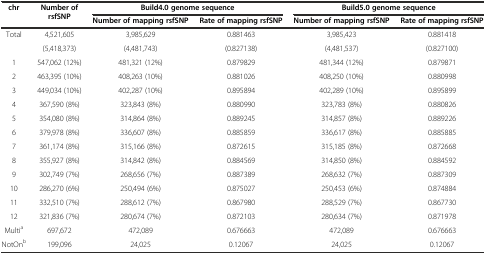
<table><thead><tr><td rowspan="2"><b>chr</b></td><td rowspan="2"><b>Number of rsfSNP</b></td><td colspan="2"><b>Build4.0 genome sequence</b></td><td colspan="2"><b>Build5.0 genome sequence</b></td></tr><tr><td><b>Number of mapping rsfSNP</b></td><td><b>Rate of mapping rsfSNP</b></td><td><b>Number of mapping rsfSNP</b></td><td><b>Rate of mapping rsfSNP</b></td></tr></thead><tbody><tr><td rowspan="2">Total</td><td>4,521,605</td><td>3,985,629</td><td>0.881463</td><td>3,985,423</td><td>0.881418</td></tr><tr><td>(5,418,373)</td><td>(4,481,743)</td><td>(0.827138)</td><td>(4,481,537)</td><td>(0.827100)</td></tr><tr><td>1</td><td>547,062 (12%)</td><td>481,321 (12%)</td><td>0.879829</td><td>481,344 (12%)</td><td>0.879871</td></tr><tr><td>2</td><td>463,395 (10%)</td><td>408,263 (10%)</td><td>0.881026</td><td>408,250 (10%)</td><td>0.880998</td></tr><tr><td>3</td><td>449,034 (10%)</td><td>402,287 (10%)</td><td>0.895894</td><td>402,289 (10%)</td><td>0.895899</td></tr><tr><td>4</td><td>367,590 (8%)</td><td>323,843 (8%)</td><td>0.880990</td><td>323,783 (8%)</td><td>0.880826</td></tr><tr><td>5</td><td>354,080 (8%)</td><td>314,864 (8%)</td><td>0.889245</td><td>314,857 (8%)</td><td>0.889226</td></tr><tr><td>6</td><td>379,978 (8%)</td><td>336,607 (8%)</td><td>0.885859</td><td>336,617 (8%)</td><td>0.885885</td></tr><tr><td>7</td><td>361,174 (8%)</td><td>315,166 (8%)</td><td>0.872615</td><td>315,185 (8%)</td><td>0.872668</td></tr><tr><td>8</td><td>355,927 (8%)</td><td>314,842 (8%)</td><td>0.884569</td><td>314,850 (8%)</td><td>0.884592</td></tr><tr><td>9</td><td>302,749 (7%)</td><td>268,656 (7%)</td><td>0.887389</td><td>268,632 (7%)</td><td>0.887309</td></tr><tr><td>10</td><td>286,270 (6%)</td><td>250,494 (6%)</td><td>0.875027</td><td>250,453 (6%)</td><td>0.874884</td></tr><tr><td>11</td><td>332,510 (7%)</td><td>288,612 (7%)</td><td>0.867980</td><td>288,529 (7%)</td><td>0.867730</td></tr><tr><td>12</td><td>321,836 (7%)</td><td>280,674 (7%)</td><td>0.872103</td><td>280,634 (7%)</td><td>0.871978</td></tr><tr><td>Multi<sup>a</sup></td><td>697,672</td><td>472,089</td><td>0.676663</td><td>472,089</td><td>0.676663</td></tr><tr><td>NotOn<sup>b</sup></td><td>199,096</td><td>24,025</td><td>0.12067</td><td>24,025</td><td>0.12067</td></tr></tbody></table>